Asutav_Kogu, lk 40
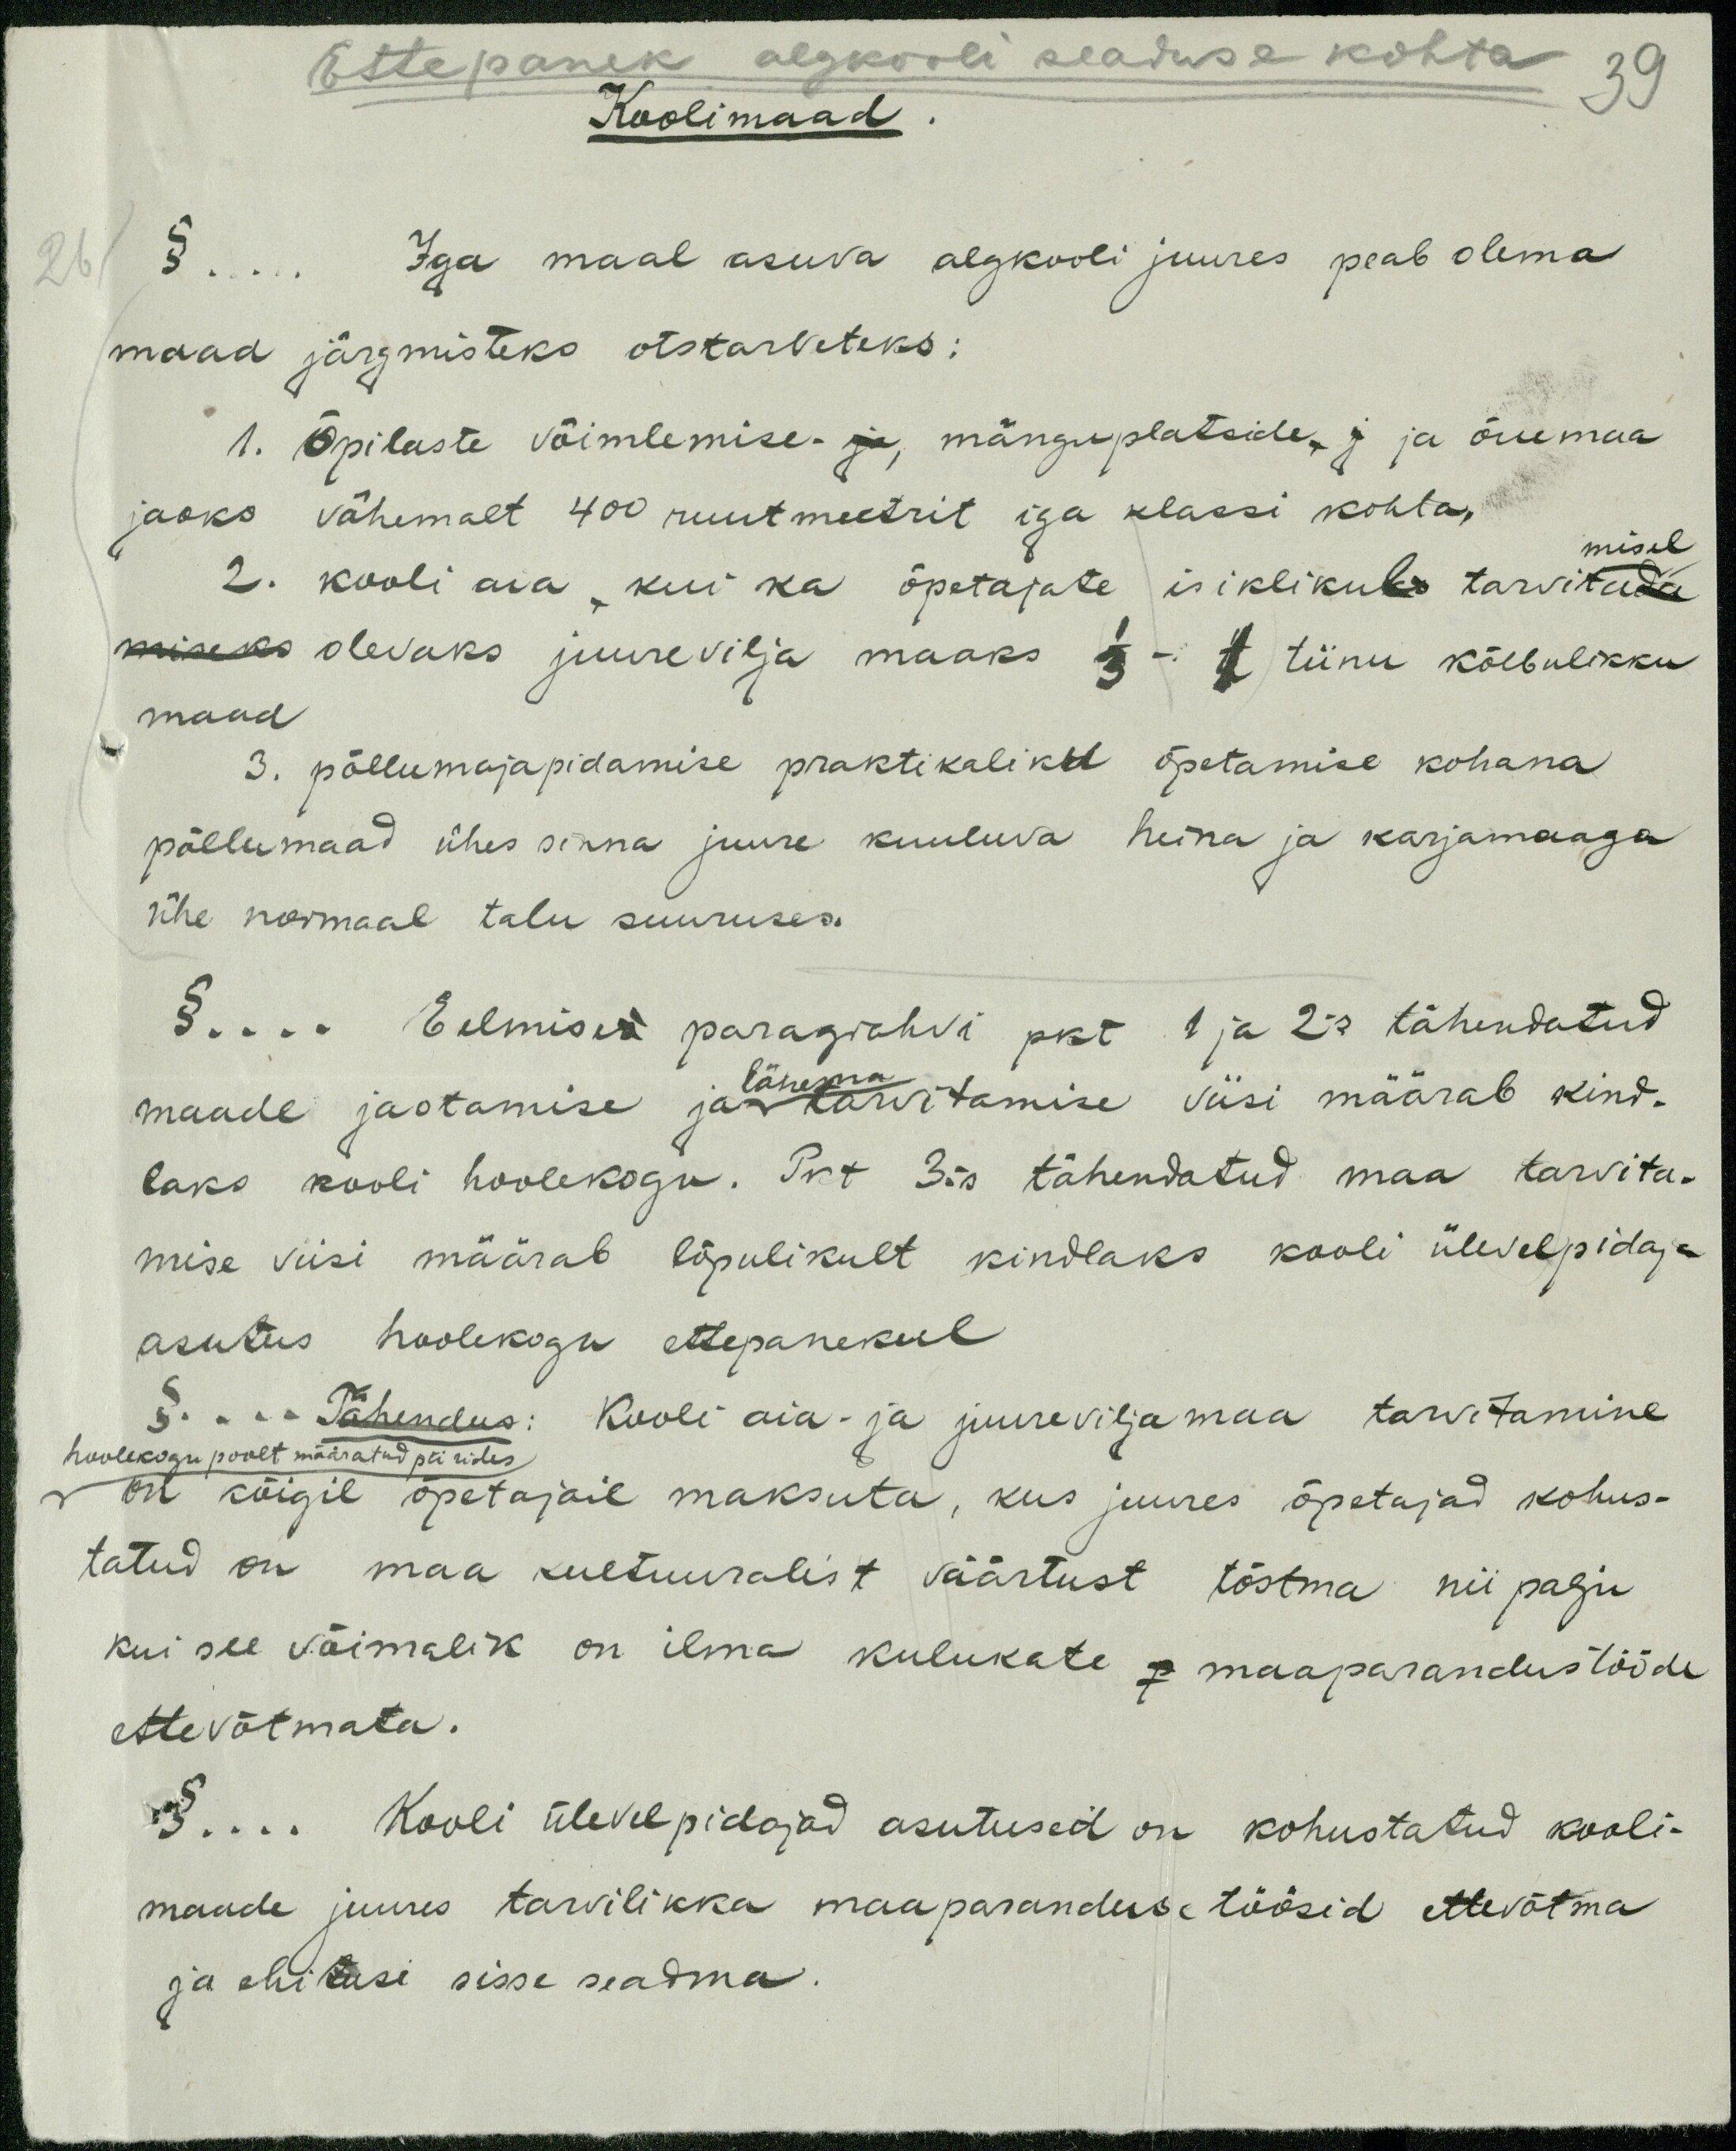
Ettepanek algkooli seaduse kohta
39
Koolimaad
§... Iga maal asuva algkooli juures peab olema
maad järgmisteks otstarveteks:
1. Õpilaste võimlemise- ja mänguplatside, ja õuemaa
jaoks vähemalt 400 ruutmeetrit iga klassi kohta,
2. kooli aia, kui ka õpetajate isiklikul tarvitada
misel
miseks olevaks juurevilja maaks 1/3 - 1 tiinu kõlbulikku
maad
3. põllumajapidamise praktikaliku õpetamise kohana
põllumaad ühes sinna juure kuuluva heina ja karjamaaga
ühe normaal talu suuruses.
§... Eelmised paragrahvi pkt 1 ja 2-s tähendatud
maade jaotamise ja lähema tarvitamise viisi määrab kind-
laks kooli hoolekogu. Pkt 3-s tähendatud maa tarvita-
mise viisi määrab lõpulikult kindlaks kooli ülevelpidaja
asutus hoolekogu ettepanekul
§. ... Tähendus: Kooli aia- ja juureviljamaa tarwitamine
hoolhekogu poolt määratud piirides
on kõigil õpetajail maksuta, kus juures õpetajad kohus-
tatud on maa kultuuralist väärtust tõstma nii palju
kui see võimalik on ilma kulukate - maaparandustööde
ettevõtmata.
§... Kooli ülevelpidajad asutused on kohustatud kooli-
maade juures tarvilikka maaparanduse töösid ettevõtma
ja ehitusi sisse seadma.